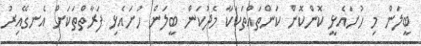
ބީލަން މި ހުށައެޅީ ކޮންކޮން ކަންތައްތަކަކާ މެދުކަން ބީލަން ހުށައެޅި ފަރާތްތަކަށް އެނގޭއިރު